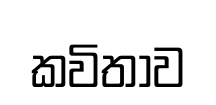
කවිතාව